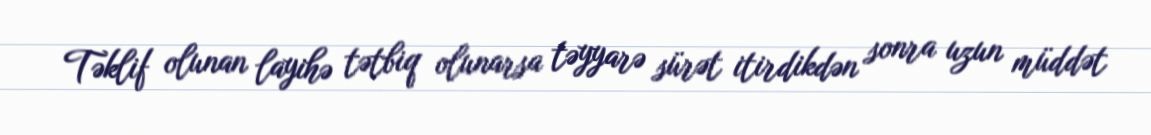
Təklif olunan layihə tətbiq olunarsa təyyarə sürət itirdikdən sonra uzun müddət